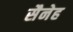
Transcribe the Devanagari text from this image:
सैनेह